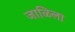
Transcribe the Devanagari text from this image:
जाळिला